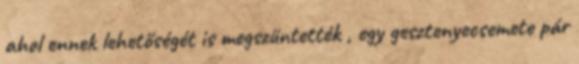
ahol ennek lehetőségét is megszüntették , egy gesztenyecsemete pár